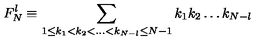
F _ { N } ^ { l } \equiv \sum _ { 1 \leq k _ { 1 } < k _ { 2 } < \dots < k _ { N - l } \leq N - 1 } k _ { 1 } k _ { 2 } \dots k _ { N - l }